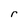
Character: r